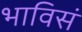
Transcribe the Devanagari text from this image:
भाविसं